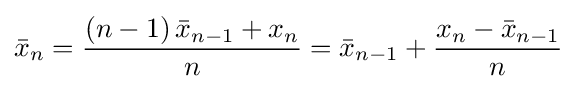
{\bar {x}}_{n}={\frac {(n-1)\,{\bar {x}}_{n-1}+x_{n}}{n}}={\bar {x}}_{n-1}+{\frac {x_{n}-{\bar {x}}_{n-1}}{n}}